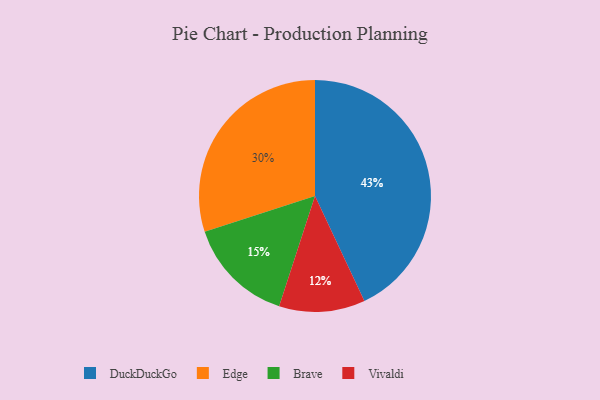
{"axis": {"x": "Category", "y": "Percentage"}, "legend": ["Brave", "DuckDuckGo", "Edge", "Vivaldi"], "data": [{"x": "Vivaldi", "y": 12, "type": "Vivaldi"}, {"x": "DuckDuckGo", "y": 43, "type": "DuckDuckGo"}, {"x": "Brave", "y": 15, "type": "Brave"}, {"x": "Edge", "y": 30, "type": "Edge"}]}